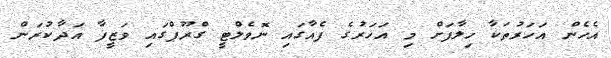
އެހެން އަހަރުތަކާ ހިލާފަށް މި އަހަރުގެ ފެއާގައި ނޮވެލްޓީ ގްރޫޕްގައި ވަޒީފާ އަދާކުރަން